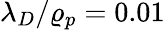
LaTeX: \lambda_{D}/\varrho_{p}=0.01